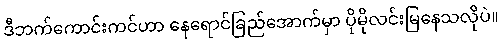
ဒီဘက်ကောင်းကင်ဟာ နေရောင်ခြည်အောက်မှာ ပိုမိုလင်းမြနေသလိုပဲ။